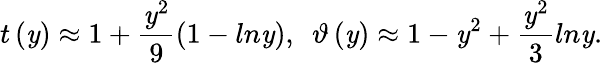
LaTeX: {t}\left(\mathit{y}\right)\approx1+\frac{{\mathit{y}^{2}}}{{9}}\left(1-ln\mathit{y}\right),~~\vartheta\left(\mathit{y}\right)\approx1-\mathit{y}^{2}+\frac{{\mathit{y}^{2}}}{{3}}ln\mathit{y}.